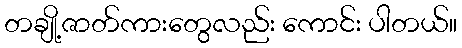
တချို့ဇာတ်ကားတွေလည်း ကောင်း ပါတယ်။